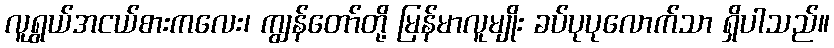
လူရွယ်အငယ်စားကလေး၊ ကျွန်တော်တို့ မြန်မာလူမျိုး ခပ်ပုပုလောက်သာ ရှိပါသည်။